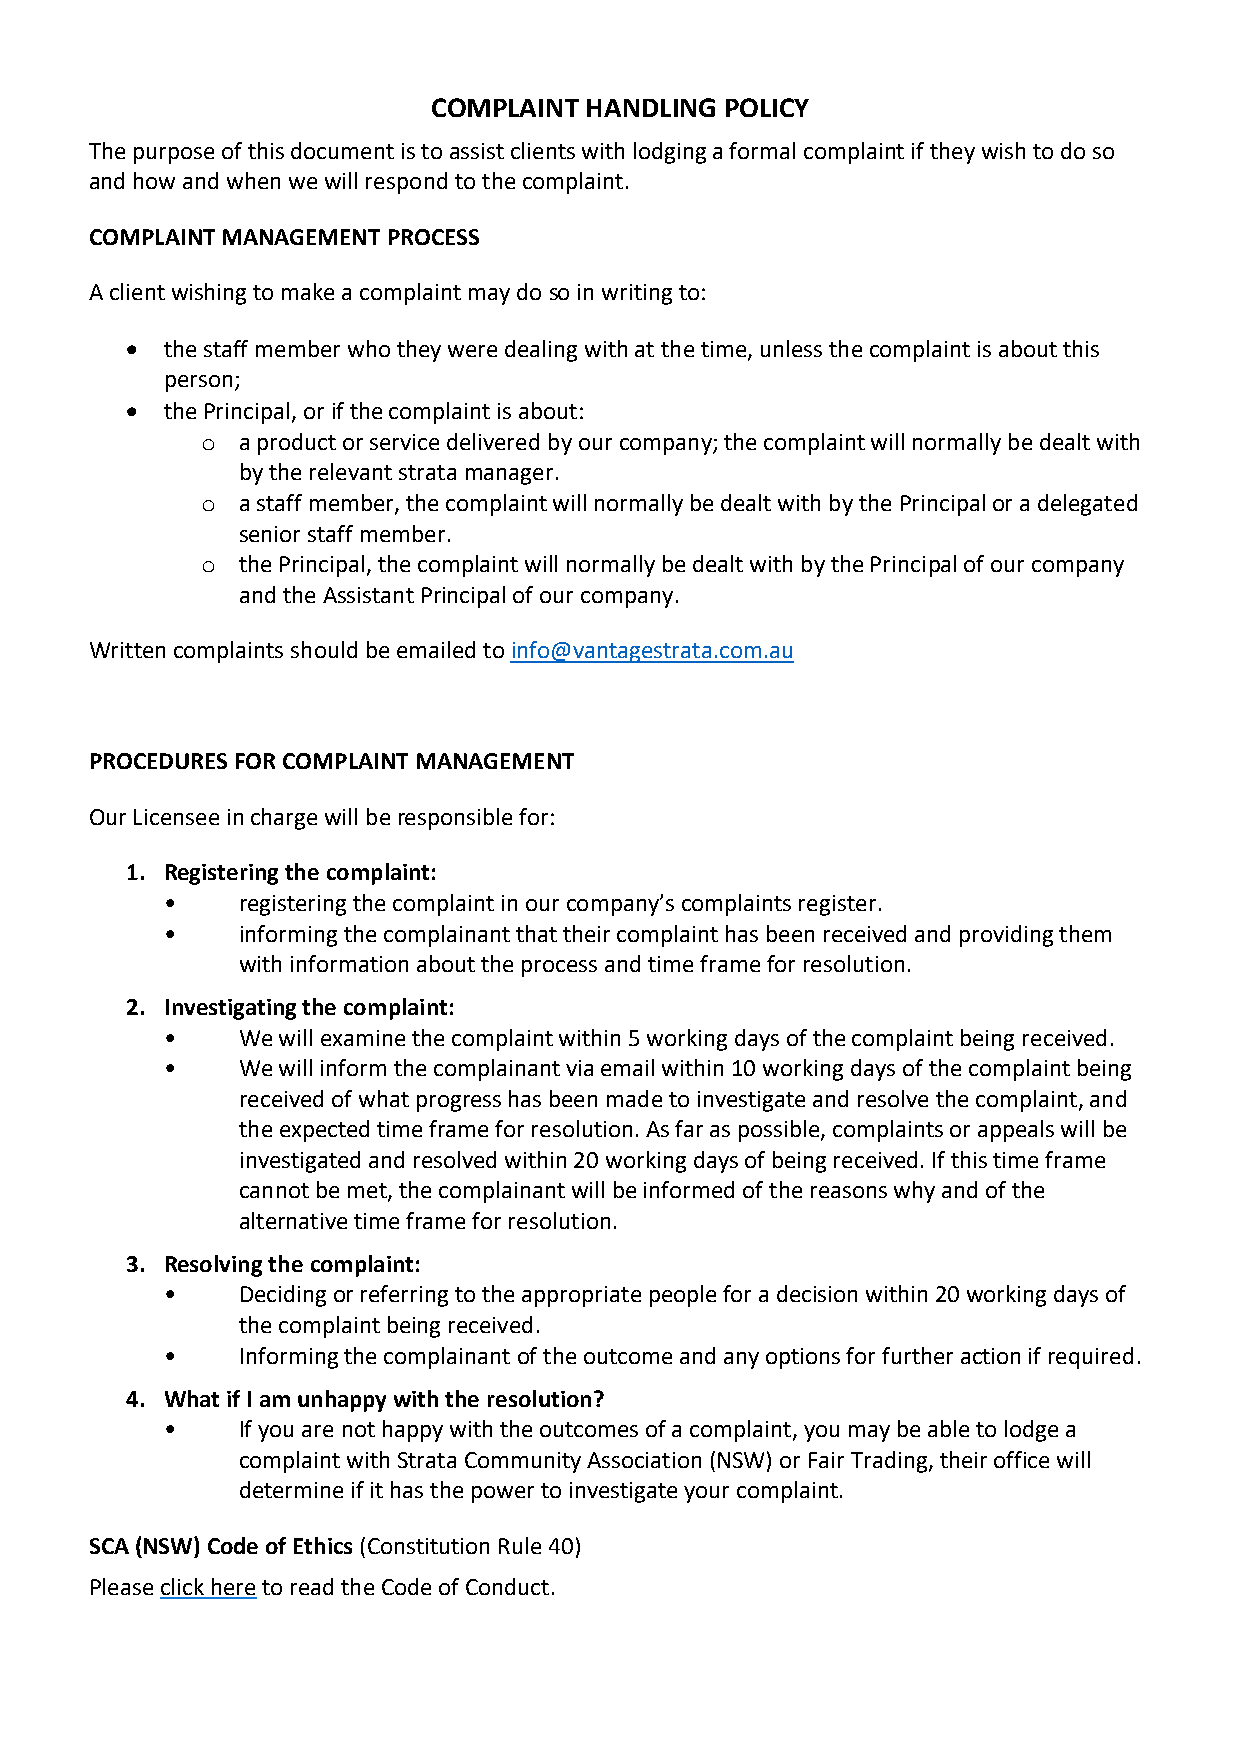
COMPLAINT HANDLING POLICY
 The purpose of this document is to assist clients with lodging a formal complaint if they wish to do so
 and how and when we will respond to the complaint.
 COMPLAINT MANAGEMENT PROCESS
 A client wishing to make a complaint may do so in writing to:
 •  the staff member who they were dealing with at the time, unless the complaint is about this
 person;
 •  the Principal, or if the complaint is about:
 o  a product or service delivered by our company; the complaint will normally be dealt with
 by the relevant strata manager.
 o  a staff member, the complaint will normally be dealt with by the Principal or a delegated
 senior staff member.
 o  the Principal, the complaint will normally be dealt with by the Principal of our company
 and the Assistant Principal of our company.
 Written complaints should be emailed to info@vantagestrata.com.au
 PROCEDURES FOR COMPLAINT MANAGEMENT
 Our Licensee in charge will be responsible for:
 1. Registering the complaint:
 •    registering the complaint in our company’s complaints register.
 •    informing the complainant that their complaint has been received and providing them
 with information about the process and time frame for resolution.
 2. Investigating the complaint:
 •    We will examine the complaint within 5 working days of the complaint being received.
 •    We will inform the complainant via email within 10 working days of the complaint being
 received of what progress has been made to investigate and resolve the complaint, and
 the expected time frame for resolution. As far as possible, complaints or appeals will be
 investigated and resolved within 20 working days of being received. If this time frame
 cannot be met, the complainant will be informed of the reasons why and of the
 alternative time frame for resolution.
 3. Resolving the complaint:
 •    Deciding or referring to the appropriate people for a decision within 20 working days of
 the complaint being received.
 •    Informing the complainant of the outcome and any options for further action if required.
 4. What if I am unhappy with the resolution?
 •    If you are not happy with the outcomes of a complaint, you may be able to lodge a
 complaint with Strata Community Association (NSW) or Fair Trading, their office will
 determine if it has the power to investigate your complaint.
 SCA (NSW) Code of Ethics (Constitution Rule 40)
 Please click here to read the Code of Conduct.